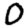
Digit: 0